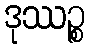
ဒုဿဉ္စ